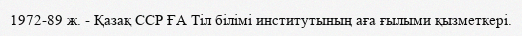
1972-89 ж. - Қазақ ССР ҒА Тіл білімі институтының аға ғылыми қызметкері.